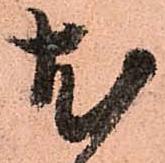
尤